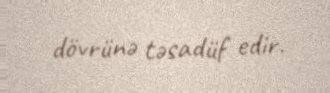
dövrünə təsadüf edir.